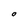
Character: O